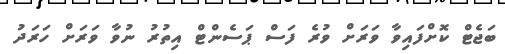
ބަޖެޓް ކޮށްފައިވާ ވަރަށް ވުރެ ފަސް ޕަސެންޓް އިތުރު ނުވާ ވަރަށް ހަރަދު